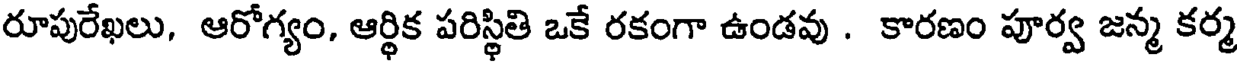
రూపురేఖలు, ఆరోగ్యం, ఆర్థిక పరిస్థితి ఒకే రకంగా ఉండవు . కారణం పూర్వ జన్మ కర్మ